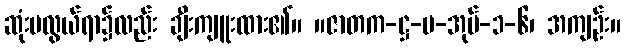
ဆုံးမလွယ်ရာ၌လည်း ချီးကျူးထား၏။ ။ဇာတက-ဋ္ဌ-ပ-အုပ်-၁-၆၊ အကျဉ်း။